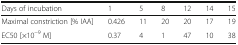
<table><thead><tr><td><b>Days of incubation</b></td><td><b>1</b></td><td><b>5</b></td><td><b>8</b></td><td><b>12</b></td><td><b>14</b></td><td><b>15</b></td></tr></thead><tbody><tr><td>Maximal constriction [% IAA]</td><td>0.426</td><td>11</td><td>20</td><td>20</td><td>17</td><td>19</td></tr><tr><td>EC50 [×10<sup>−9</sup> M]</td><td>0.37</td><td>4</td><td>1</td><td>47</td><td>10</td><td>38</td></tr></tbody></table>